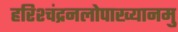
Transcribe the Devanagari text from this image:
हरिश्चंद्रनलोपाख्यानमु